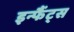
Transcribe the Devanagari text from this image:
इन्फैंट्स